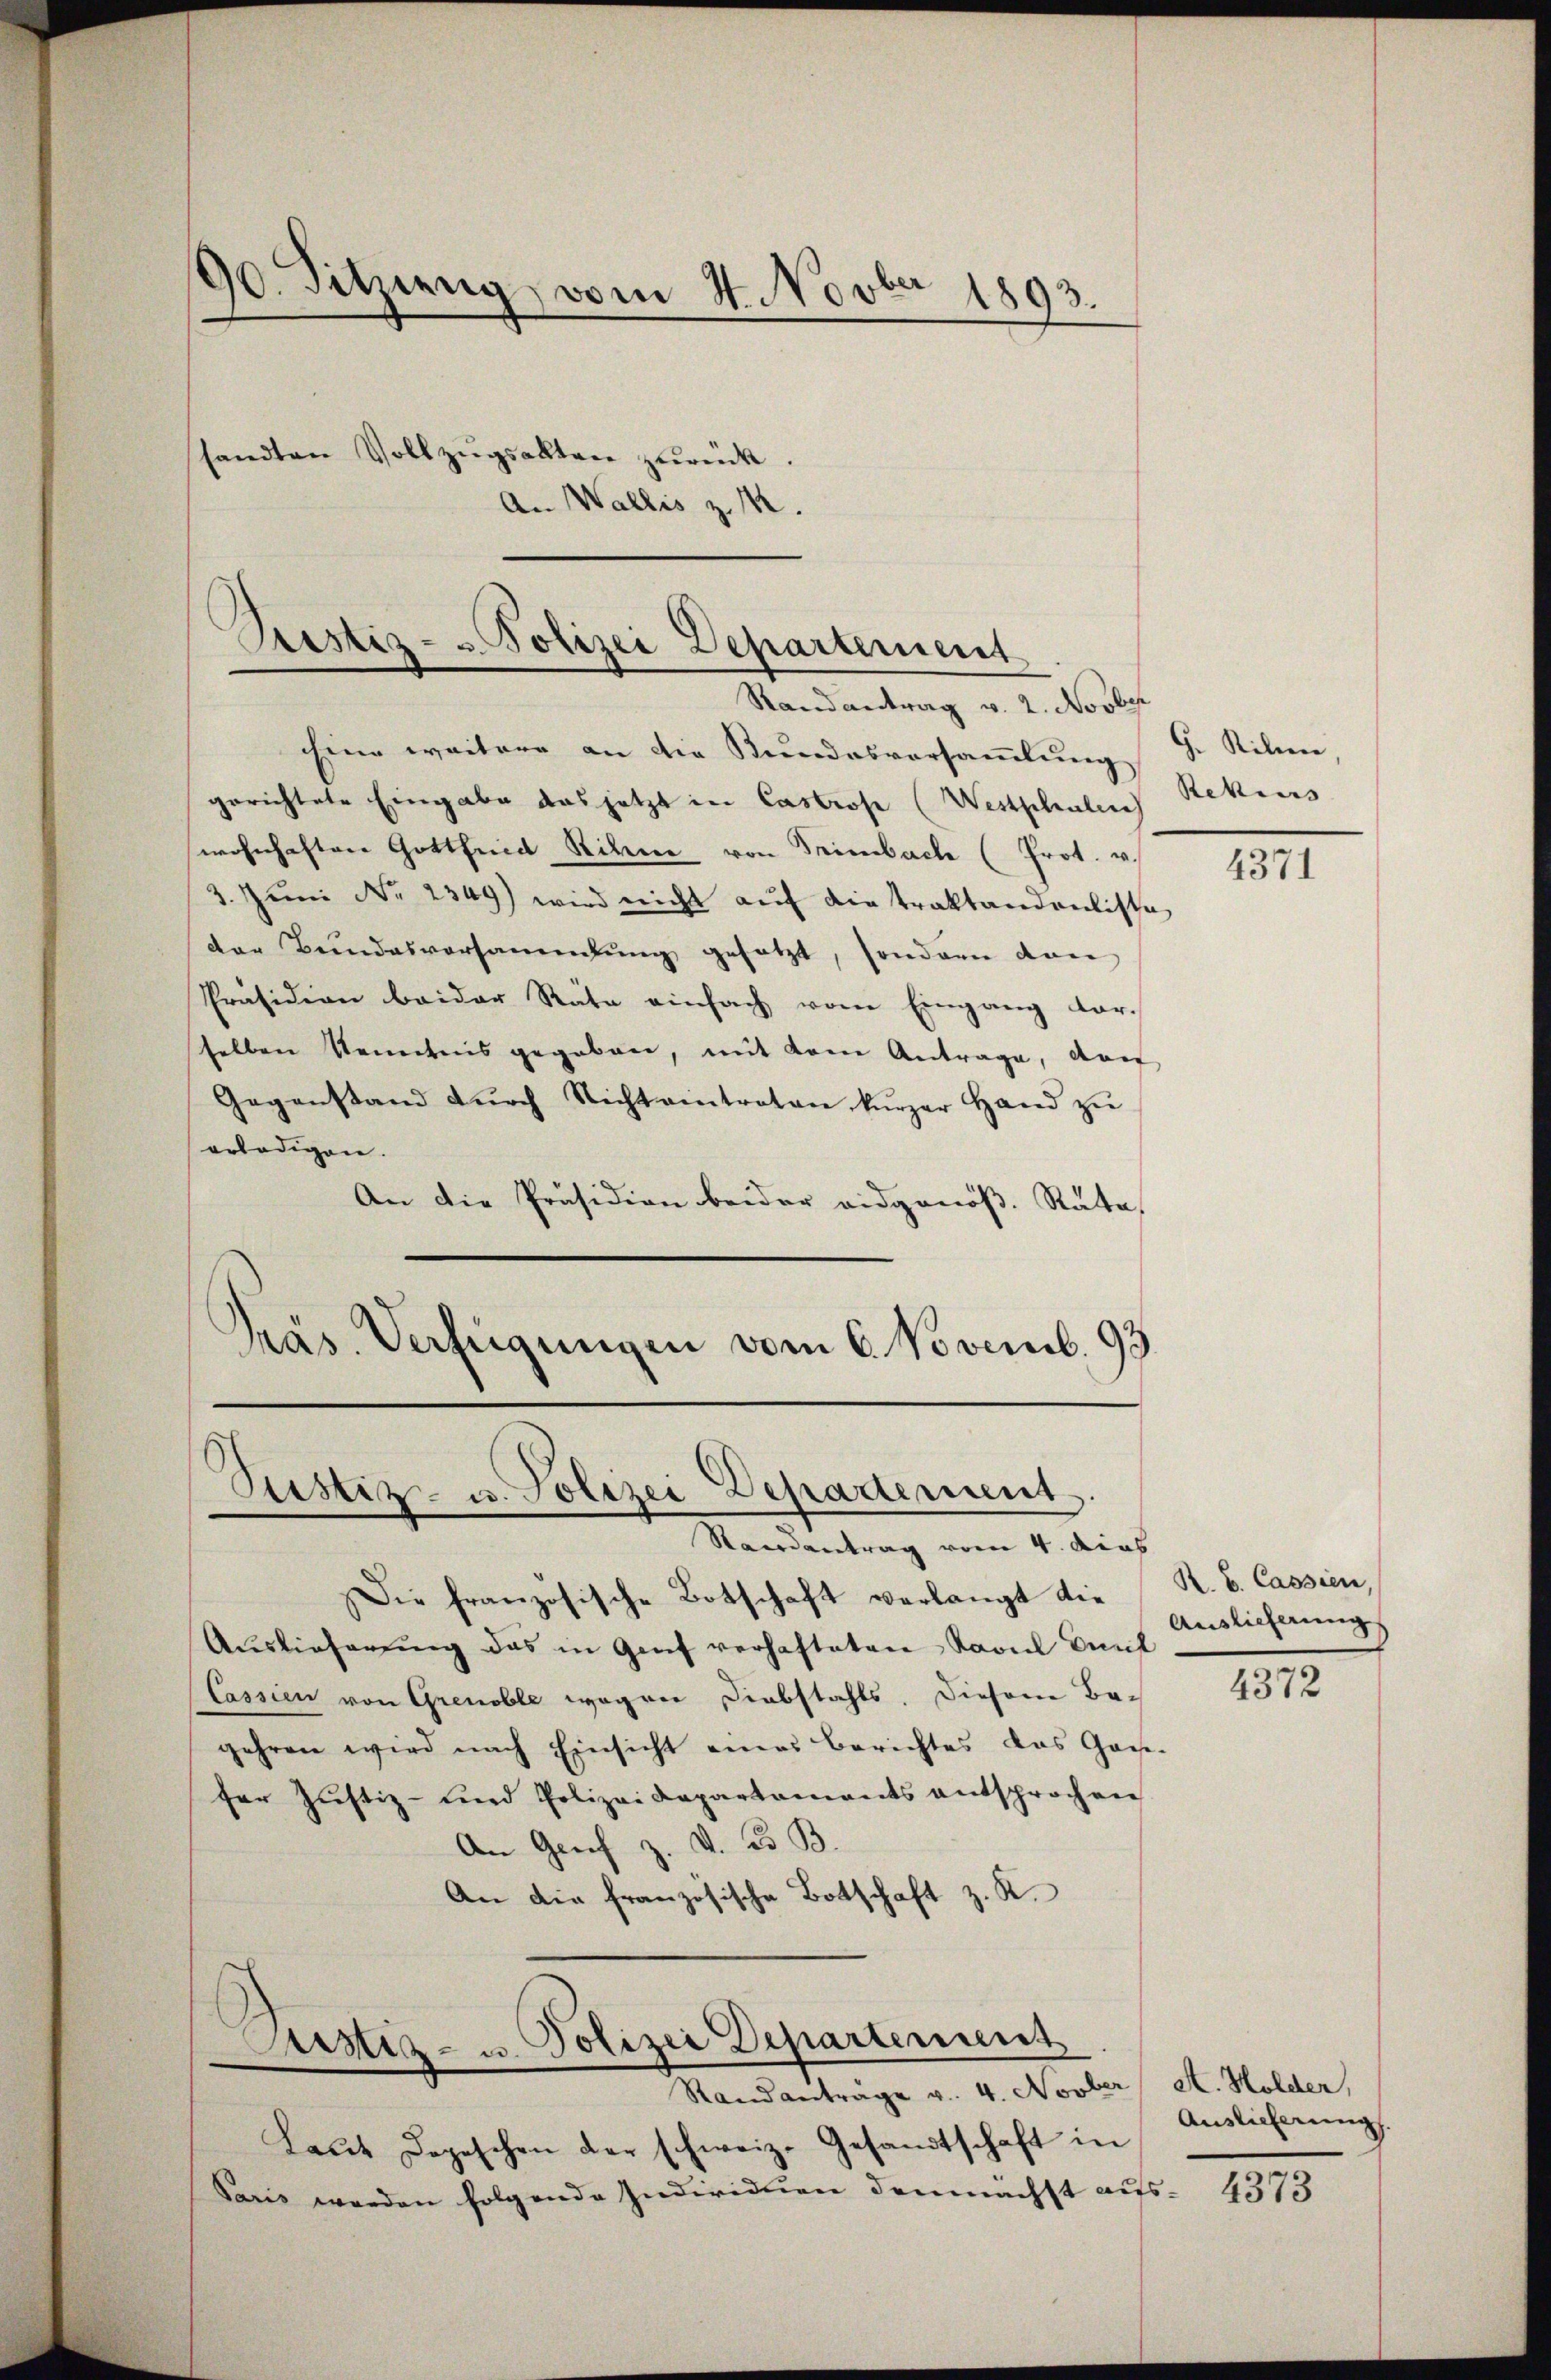
90. Sitzung vom 4. Novber 1893.
sandten Vollzŭgsalten zurück.
An Wa
bis z

Prestiz- & Polizei Departement
Randantrag v. 2. Novbe

Pustiz- u. Polizei Departement.

chine weitere an die Kundesversammlung
gerichtete Eingabe das jetzt in Castrose (Westphalen Rekurs
wohnhaften Gottfrid Stile von Trimbach (Prot. v.
3. Juni Nr. 2349) wird nicht auf die Traktandenliste
der Bundesversammlung gesetzt, sondern von
Präsidion beider Räte einfach vom Eingang vorselben Kenntnis gegeben, mit dem Antrage, der
Gegenstand dŭrch Nicht eintraten kŭrzer Hand zŭ
erledigen.
An die Präsidion beider eidgenöß. Räte,
Präs. Verfügungen vom 6. Novemb. 93.

Justiz- u. Polizei Departement
Randantrage v. 4. Novber A. Holder,

Randantrag vom 4. dies
Die französische Botschaft verlangt die R. V. Cassien,
Auslieferung das in Genf verhafteten Ravul Durif
Cassien von Grenoble wagner Diebstahls, diesem Be-
gehren wird nach Einsicht eines Berichtes das Gan-
fer Justiz- und Polizeidepartaments entsprochen
An Genf z. v. 23 B.
An die französische Botschaft z. R.

Laŭt Depeschen der schweiz. Gesandtschaft in
Paris werden folgende Individuen demnächst aus-

G. Silien

4371

Auslieferung

4372

Auslieferung

4373